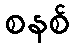
စနစ်